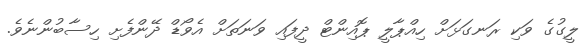
ލީގުގެ ވަކި ރަނގަޅަށް ހިއްޕާލީ ޕޮއިންޓް ދީފައި ވަނަތަށް އެވޯޑް ދޭންފެށި ހިސާބުންނެވެ.